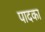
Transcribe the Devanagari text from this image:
पादका